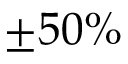
\pm 5 0 \%